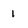
Character: 1